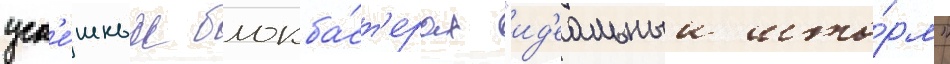
усп'е́шных блокба́ст'ерах "ид'еальныи што́рм"